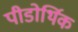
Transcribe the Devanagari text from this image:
पीडोर्थिक